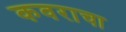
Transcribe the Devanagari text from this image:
कवराचा